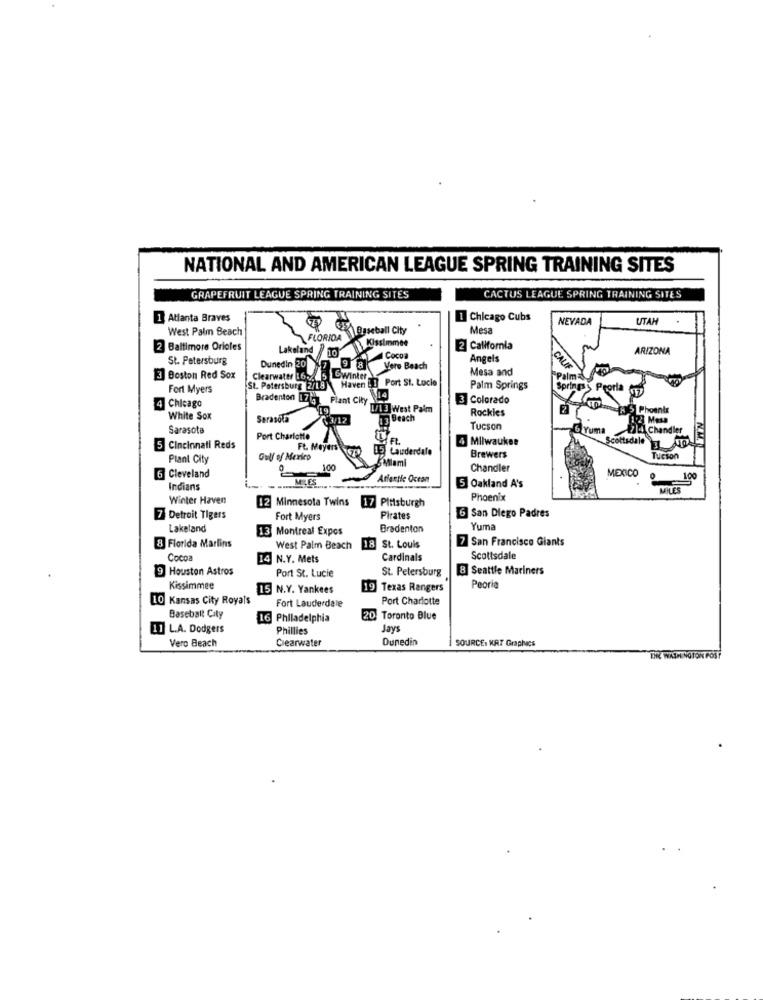
NATIONAL AND AMERICAN LEAGUE SPRING TRAINING SITES
GRAPEFRUIT LEAGUE SPRING TRAINING SITES
CACTUS LEAGUE SPRING TRAINING SITES
Atlanta Braves
1 Chicago Cubs
NEVADA
UTAH
West Palm Beach
Baseball City
Mes:
FLORIDA
Immee
Baltimore Orioles
Lakeland 10
2 California
ARIZONA
St. Petersburg
Dunedin 20
Cocoa
Angels
Vero Beach
Mesa and
3 Boston Red Sox
Clearwater 162.
St. Petersburg 2/19 Haven & 1 Port St. Lucie
CWinter
Fort Myers
St. Petersburg 2/19
Palm Springs
Peoria
Bradenton [17ig
Plant City
14
3 Colorado
Chicago
1/13 West Palm
Rockles
RS Phoenix
White Sox
Sarasola
7.3/12
13
3 Beach
Sarasota
Tucson
6 Yuma
Chandler
Port Charlotte
4 Milwaukee
Scottsdale0
5 Cincinnati Reds
FL. Meyers
8.5 Lauderdale
Plant City
Gulf of Mexico
5Mlami
Brewers
Tucson
8
Chandler
MEXICO
6 Cleveland
Atlantic Ocean
100
Indians
5 Oakland A's
MILES
Winter Haven
12 Minnesota Twins
17 Pittsburgh
Phoenix
6 San Diego Padres
7 Detroit Tigers
Fort Myers
Pirates
Lakeland
13 Montreal Expos
Bradenton
Yuma
7 San Francisco Giants
8 Florida Marlins
West Palm Beach
18 St. Louis
Cocoa
14 N.Y. Mets
Cardinals
Scottsdale
9 Houston Astros
St. Petersburg
B Seattle Mariners
Port St. Lucie
Kissimmee
15 N.Y. Yankees
9 Texas Rangers
Peoria
Kansas City Royals
Fort Lauderdale
Port Charlotte
Baseball City
16 Philadelphia
D Toronto Blue
11 L.A. Dodgers
Phillies
Jays
Clearwater
Dunedin
SOURCE: KAT Graphics
Vero Beach
THE WASHINGTON POST